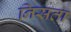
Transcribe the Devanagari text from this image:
निस्रता